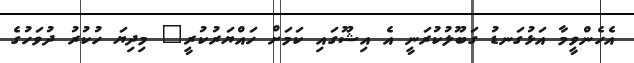
އެހެންވީމާ އަޅުގަނޑު ގަބޫލުކުރަނީ އެ އިޝޫގައި ކަމަށް ހައްޔަރުކުރީ" މިދިޔަ ހުކުރު ދުވަހުގެ